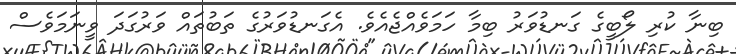
ބިނާ ކުރި ލޯބީގެ ގަނޑުވަރު ބިމާ ހަމަވެއްޖެއެވެ. އެގަނޑުވަރުގެ ތަބުތައް ވަރުގަދަ ވީނަމަވެސް